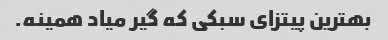
بهترین پیتزای سبکی که گیر میاد همینه.